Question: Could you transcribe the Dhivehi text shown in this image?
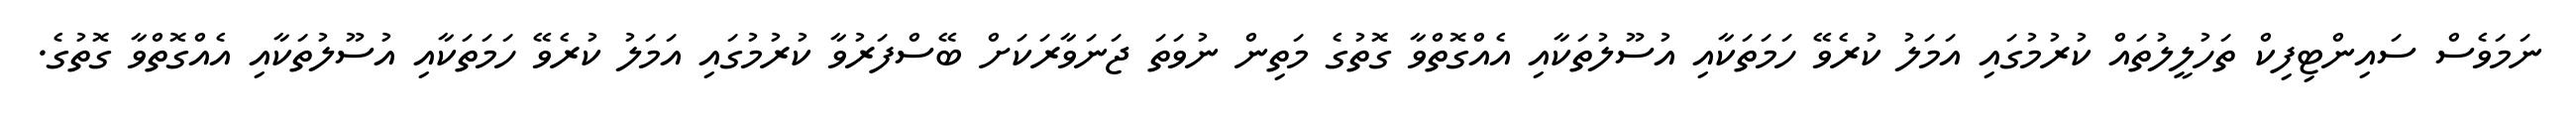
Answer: ނަމަވެސް ސައިންޓިފިކް ތަހުލީލުތައް ކުރުމުގައި އަމަލު ކުރެވޭ ހަމަތަކާއި އުސޫލުތަކާއި އެއްގޮތްވާ ގޮތުގެ މަތިން ނުވަތަ ޖަނަވާރަކަށް ބޭސްފަރުވާ ކުރުމުގައި އަމަލު ކުރެވޭ ހަމަތަކާއި އުސޫލުތަކާއި އެއްގޮތްވާ ގޮތުގެ.